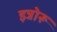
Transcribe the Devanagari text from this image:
इन्नोरू